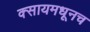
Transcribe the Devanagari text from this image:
क्सायमधूनच